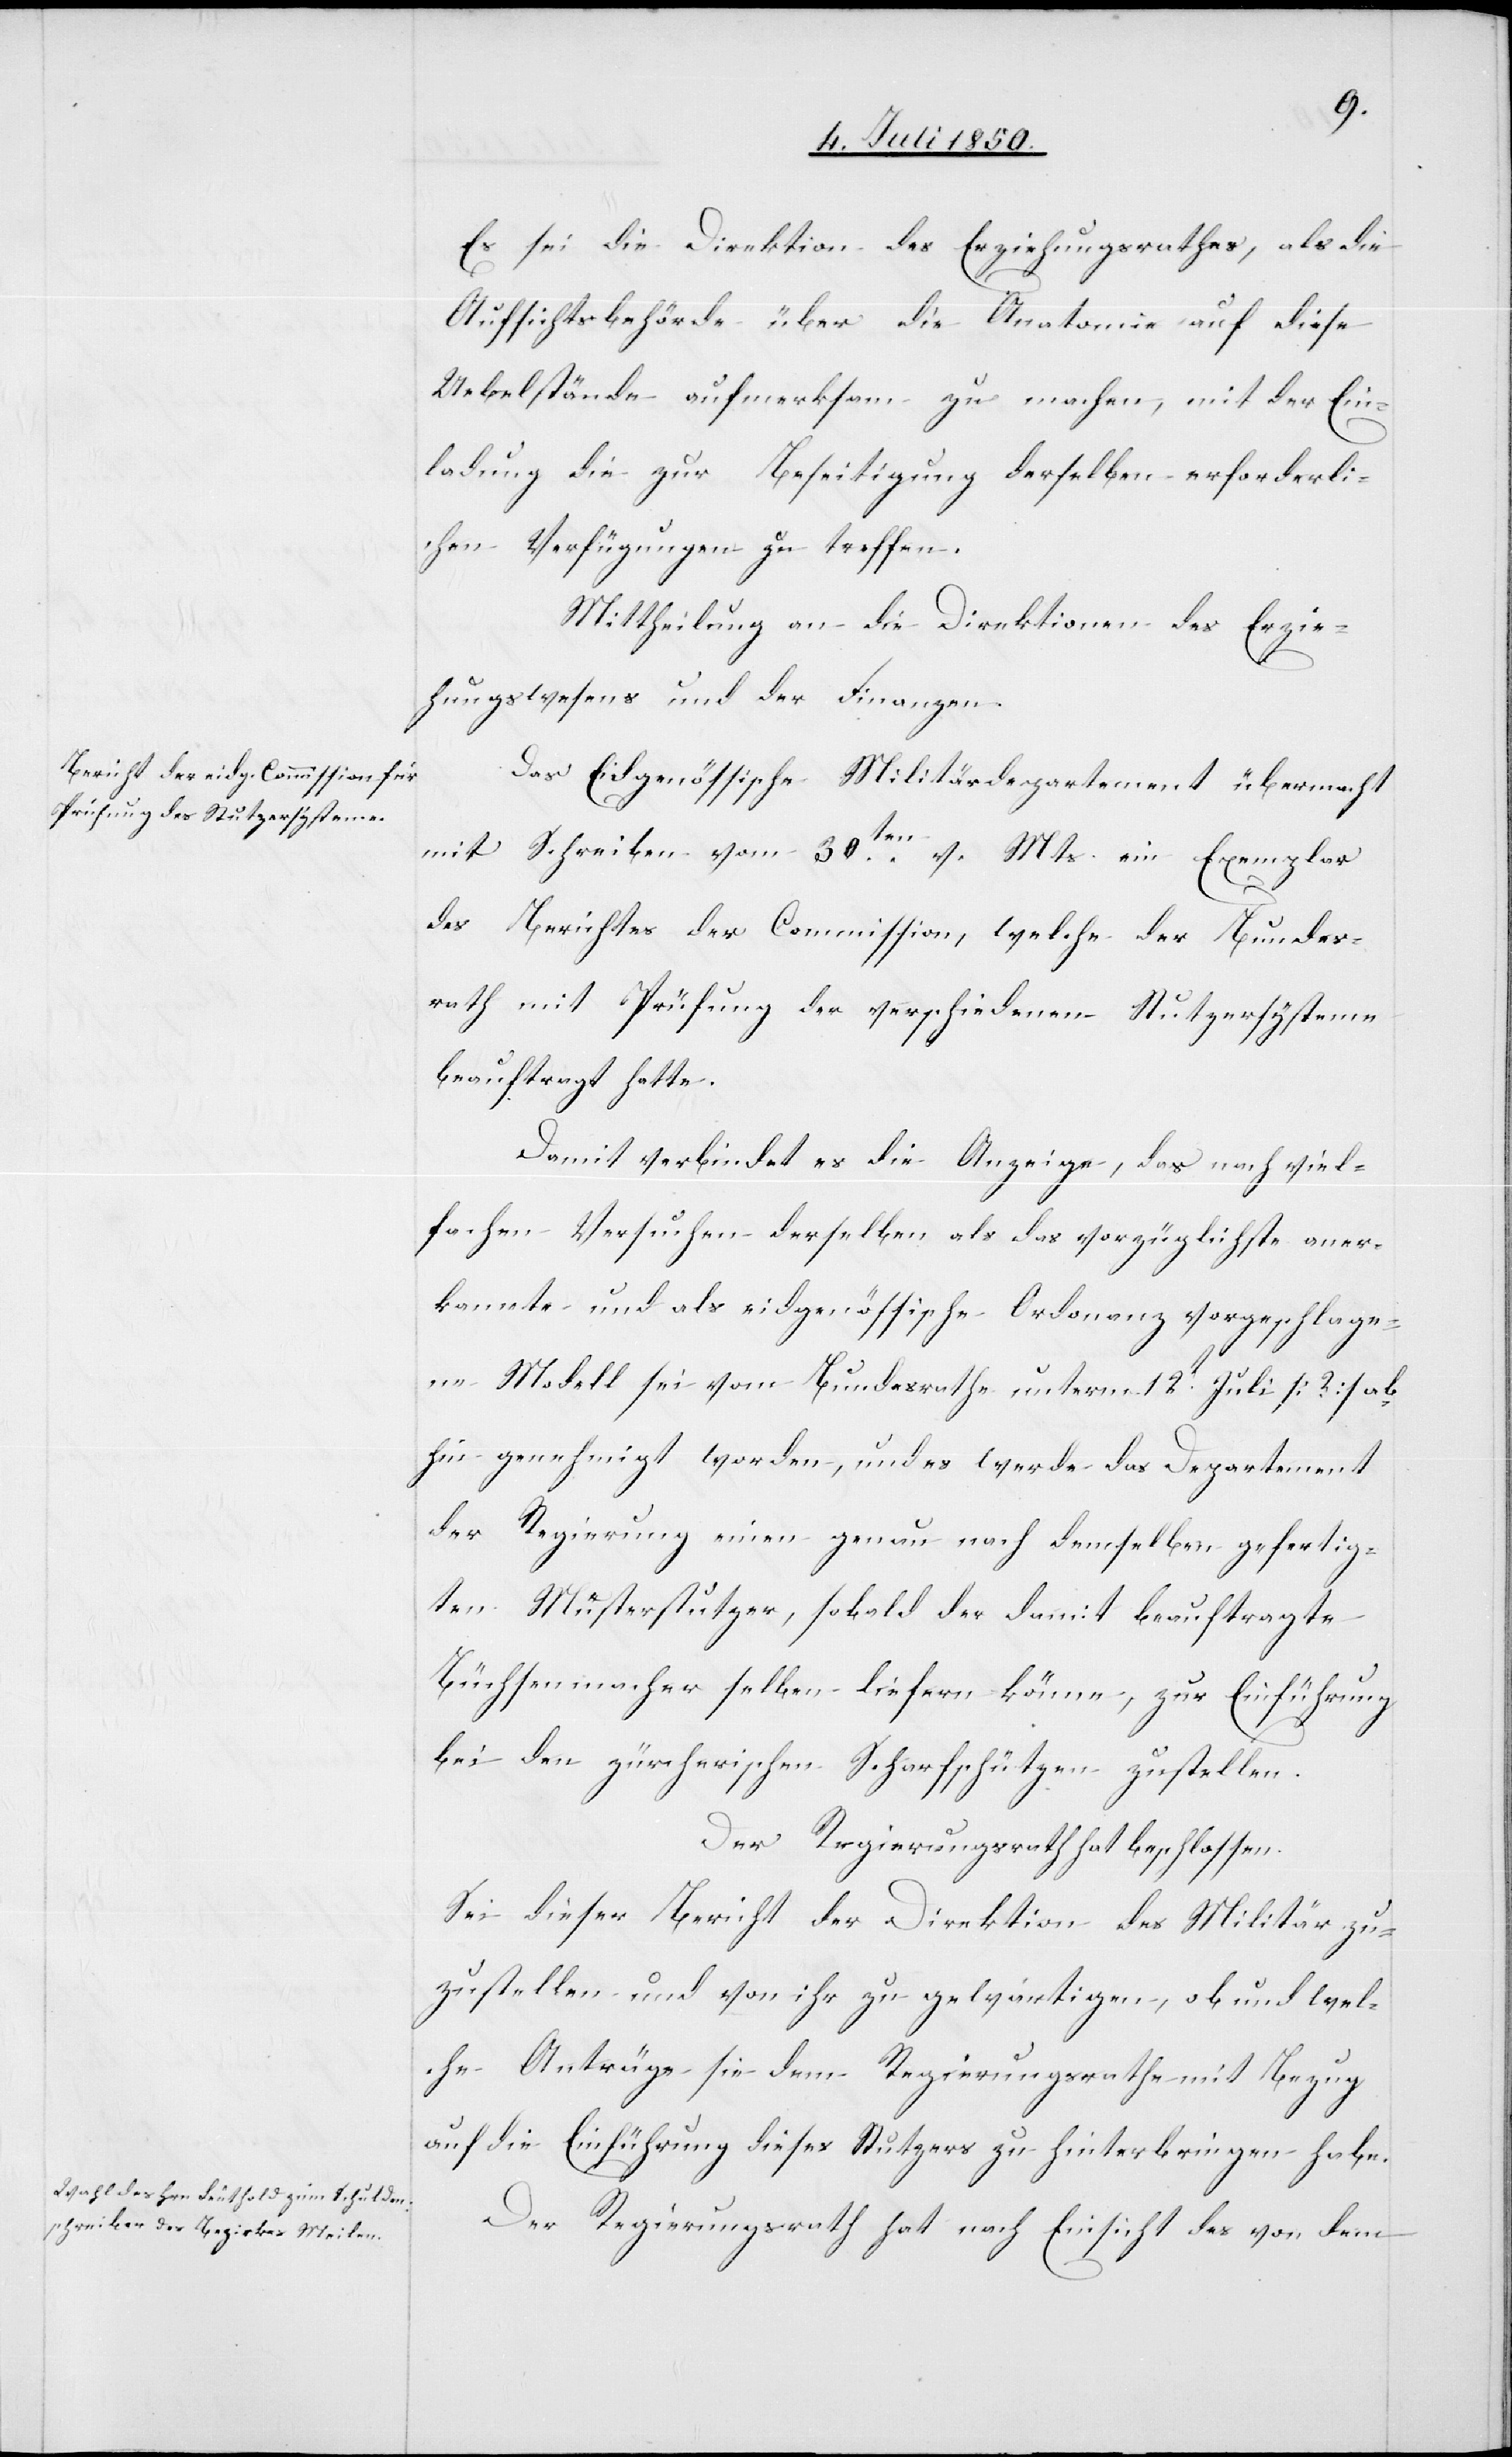
Es sei die Direktion des Erziehungsrathes, als die
Aufsichtsbehörde über die Anatomie auf diese
Uebelstände aufmerksam zu machen, mit der Ein¬
ladung die zur Beseitigung derselben erforderli¬
chen Verfügungen zu treffen.
Mittheilung an die Direktion des Erzie¬
hungswesens und der Finanzen.
Das Eidgenössische Militärdepartement übermacht
mit Schreiben vom 30ten v. Mts. ein Exemplar
des Berichtes der Commission, welche der Bundes¬
rath mit Prüfung der verschiedenen Stutzersysteme
beauftragt hatte.
Damit verbindet es die Anzeige, das nach viel¬
fachen Versuchen derselben als das vorzüglichste aner¬
kannte und als eidgenössische Ordonanz vorgeschlage¬
ne Modell sei vom Bundesrathe unterm 12t Juli [?] ab¬
hin genehmigt worden, und es werde das Departement
der Regierung einen genau nach demselben gefertig¬
ten Musterstutzer, sobald der damit beauftragte
Büchsenmacher selben liefern könne, zur Einführung
bei den zürcherischen Scharfschützen zustellen.
Der Regierungsrath hat beschlossen.
Sei dieser Bericht der Direktion des Militär zu¬
zustellen und von ihr zu gewärtigen, ob und wel¬
che Anträge sie dem Regierungsrathe mit Bezug
auf die Einführung dieses Stutzers zu hinterbringen habe.
Der Regierungsrath hat nach Einsicht des von dem